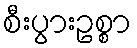
စီးပွားဥစ္စာ